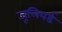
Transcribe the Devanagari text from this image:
जूलियर्ड